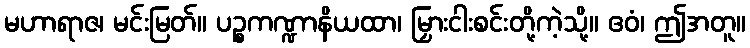
မဟာရာဇ၊ မင်းမြတ်။ ပဉ္စကဏ္ဍာနိယထာ၊ မြှားငါးစင်းတို့ကဲ့သို့။ ဧဝံ၊ ဤအတူ။